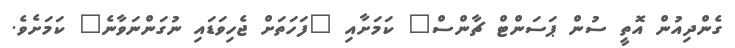
ގެންދިއުން އޮތީ ސުން ޕަސަންޓް ޗާންސް" ކަމަށާއި "ފަހަތަށް ޖެހިވަޑައި ނުގަންނަވާނެ" ކަމަށެވެ.